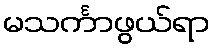
မသင်္ကာဖွယ်ရာ